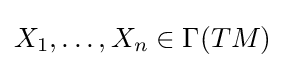
X_{1},\ldots ,X_{n}\in \Gamma (TM)